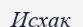
Исхак